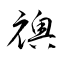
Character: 襖